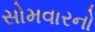
સોમવારનો